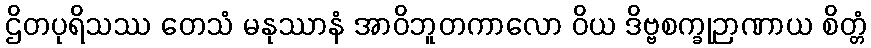
ဌိတပုရိသဿ တေသံ မနုဿာနံ အာဝိဘူတကာလော ဝိယ ဒိဗ္ဗစက္ခုဉာဏာယ စိတ္တံ